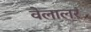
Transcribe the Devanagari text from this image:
वेलालर